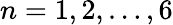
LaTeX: n=1,2,\ldots,6